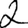
Digit: 2